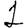
Digit: 1